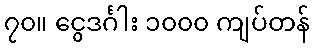
၇၀။ ငွေဒင်္ဂါး ၁၀၀၀ ကျပ်တန်